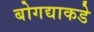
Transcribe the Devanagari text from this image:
बोगद्याकडे